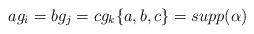
LaTeX: \begin{align*}ag_i=bg_j=cg_k \{a,b,c\}=supp(\alpha)\end{align*}